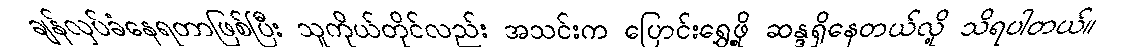
ချန်လှပ်ခံနေရတာဖြစ်ပြီး သူကိုယ်တိုင်လည်း အသင်းက ပြောင်းရွှေ့ဖို့ ဆန္ဒရှိနေတယ်လို့ သိရပါတယ်။